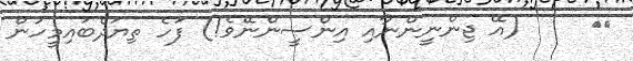
٦٧     (އޭ ޖިންނީންނާއި އިންސީންނޭވެ!) ފަހެ ތިޔަދެބައިމީހުން